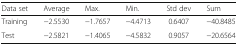
| Data set | Average | Max. | Min. | Std dev | Sum |
 | --- | --- | --- | --- | --- | --- |
 | Training | −2.5530 | −1.7657 | −4.4713 | 0.6407 | −40.8485 |
 | Test | −2.5821 | −1.4065 | −4.5832 | 0.9057 | −20.6564 |